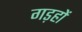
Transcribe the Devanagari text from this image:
गड़हों